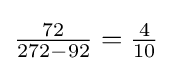
\textstyle {\frac {72}{272-92}}={\frac {4}{10}}